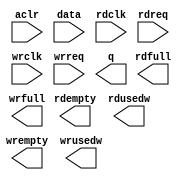
// This program was cloned from: https://github.com/cxdzyq1110/posture_recognition_CNN
// License: GNU General Public License v3.0

// megafunction wizard: %FIFO%VBB%
// GENERATION: STANDARD
// VERSION: WM1.0
// MODULE: dcfifo 

// ============================================================
// Megafunction Name(s):
// 			dcfifo
//
// Simulation Library Files(s):
// 			altera_mf
// ============================================================
// ************************************************************
// THIS IS A WIZARD-GENERATED FILE. DO NOT EDIT THIS FILE!
//
// 14.0.0 Build 200 06/17/2014 SJ Full Version
// ************************************************************

//Copyright (C) 1991-2014 Altera Corporation. All rights reserved.
//Your use of Altera Corporation's design tools, logic functions 
//and other software and tools, and its AMPP partner logic 
//functions, and any output files from any of the foregoing 
//(including device programming or simulation files), and any 
//associated documentation or information are expressly subject 
//to the terms and conditions of the Altera Program License 
//Subscription Agreement, the Altera Quartus II License Agreement,
//the Altera MegaCore Function License Agreement, or other 
//applicable license agreement, including, without limitation, 
//that your use is for the sole purpose of programming logic 
//devices manufactured by Altera and sold by Altera or its 
//authorized distributors.  Please refer to the applicable 
//agreement for further details.

module alt_fifo_64b_16w (
	aclr,
	data,
	rdclk,
	rdreq,
	wrclk,
	wrreq,
	q,
	rdempty,
	rdfull,
	rdusedw,
	wrempty,
	wrfull,
	wrusedw);

	input	  aclr;
	input	[63:0]  data;
	input	  rdclk;
	input	  rdreq;
	input	  wrclk;
	input	  wrreq;
	output	[63:0]  q;
	output	  rdempty;
	output	  rdfull;
	output	[3:0]  rdusedw;
	output	  wrempty;
	output	  wrfull;
	output	[3:0]  wrusedw;
`ifndef ALTERA_RESERVED_QIS
// synopsys translate_off
`endif
	tri0	  aclr;
`ifndef ALTERA_RESERVED_QIS
// synopsys translate_on
`endif

endmodule

// ============================================================
// CNX file retrieval info
// ============================================================
// Retrieval info: PRIVATE: AlmostEmpty NUMERIC "0"
// Retrieval info: PRIVATE: AlmostEmptyThr NUMERIC "-1"
// Retrieval info: PRIVATE: AlmostFull NUMERIC "0"
// Retrieval info: PRIVATE: AlmostFullThr NUMERIC "-1"
// Retrieval info: PRIVATE: CLOCKS_ARE_SYNCHRONIZED NUMERIC "0"
// Retrieval info: PRIVATE: Clock NUMERIC "4"
// Retrieval info: PRIVATE: Depth NUMERIC "16"
// Retrieval info: PRIVATE: Empty NUMERIC "1"
// Retrieval info: PRIVATE: Full NUMERIC "1"
// Retrieval info: PRIVATE: INTENDED_DEVICE_FAMILY STRING "Cyclone II"
// Retrieval info: PRIVATE: LE_BasedFIFO NUMERIC "0"
// Retrieval info: PRIVATE: LegacyRREQ NUMERIC "0"
// Retrieval info: PRIVATE: MAX_DEPTH_BY_9 NUMERIC "0"
// Retrieval info: PRIVATE: OVERFLOW_CHECKING NUMERIC "0"
// Retrieval info: PRIVATE: Optimize NUMERIC "0"
// Retrieval info: PRIVATE: RAM_BLOCK_TYPE NUMERIC "0"
// Retrieval info: PRIVATE: SYNTH_WRAPPER_GEN_POSTFIX STRING "0"
// Retrieval info: PRIVATE: UNDERFLOW_CHECKING NUMERIC "0"
// Retrieval info: PRIVATE: UsedW NUMERIC "1"
// Retrieval info: PRIVATE: Width NUMERIC "64"
// Retrieval info: PRIVATE: dc_aclr NUMERIC "1"
// Retrieval info: PRIVATE: diff_widths NUMERIC "0"
// Retrieval info: PRIVATE: msb_usedw NUMERIC "0"
// Retrieval info: PRIVATE: output_width NUMERIC "64"
// Retrieval info: PRIVATE: rsEmpty NUMERIC "1"
// Retrieval info: PRIVATE: rsFull NUMERIC "1"
// Retrieval info: PRIVATE: rsUsedW NUMERIC "1"
// Retrieval info: PRIVATE: sc_aclr NUMERIC "0"
// Retrieval info: PRIVATE: sc_sclr NUMERIC "0"
// Retrieval info: PRIVATE: wsEmpty NUMERIC "1"
// Retrieval info: PRIVATE: wsFull NUMERIC "1"
// Retrieval info: PRIVATE: wsUsedW NUMERIC "1"
// Retrieval info: LIBRARY: altera_mf altera_mf.altera_mf_components.all
// Retrieval info: CONSTANT: INTENDED_DEVICE_FAMILY STRING "Cyclone II"
// Retrieval info: CONSTANT: LPM_NUMWORDS NUMERIC "16"
// Retrieval info: CONSTANT: LPM_SHOWAHEAD STRING "ON"
// Retrieval info: CONSTANT: LPM_TYPE STRING "dcfifo"
// Retrieval info: CONSTANT: LPM_WIDTH NUMERIC "64"
// Retrieval info: CONSTANT: LPM_WIDTHU NUMERIC "4"
// Retrieval info: CONSTANT: OVERFLOW_CHECKING STRING "ON"
// Retrieval info: CONSTANT: RDSYNC_DELAYPIPE NUMERIC "4"
// Retrieval info: CONSTANT: UNDERFLOW_CHECKING STRING "ON"
// Retrieval info: CONSTANT: USE_EAB STRING "ON"
// Retrieval info: CONSTANT: WRITE_ACLR_SYNCH STRING "OFF"
// Retrieval info: CONSTANT: WRSYNC_DELAYPIPE NUMERIC "4"
// Retrieval info: USED_PORT: aclr 0 0 0 0 INPUT GND "aclr"
// Retrieval info: USED_PORT: data 0 0 64 0 INPUT NODEFVAL "data[63..0]"
// Retrieval info: USED_PORT: q 0 0 64 0 OUTPUT NODEFVAL "q[63..0]"
// Retrieval info: USED_PORT: rdclk 0 0 0 0 INPUT NODEFVAL "rdclk"
// Retrieval info: USED_PORT: rdempty 0 0 0 0 OUTPUT NODEFVAL "rdempty"
// Retrieval info: USED_PORT: rdfull 0 0 0 0 OUTPUT NODEFVAL "rdfull"
// Retrieval info: USED_PORT: rdreq 0 0 0 0 INPUT NODEFVAL "rdreq"
// Retrieval info: USED_PORT: rdusedw 0 0 4 0 OUTPUT NODEFVAL "rdusedw[3..0]"
// Retrieval info: USED_PORT: wrclk 0 0 0 0 INPUT NODEFVAL "wrclk"
// Retrieval info: USED_PORT: wrempty 0 0 0 0 OUTPUT NODEFVAL "wrempty"
// Retrieval info: USED_PORT: wrfull 0 0 0 0 OUTPUT NODEFVAL "wrfull"
// Retrieval info: USED_PORT: wrreq 0 0 0 0 INPUT NODEFVAL "wrreq"
// Retrieval info: USED_PORT: wrusedw 0 0 4 0 OUTPUT NODEFVAL "wrusedw[3..0]"
// Retrieval info: CONNECT: @aclr 0 0 0 0 aclr 0 0 0 0
// Retrieval info: CONNECT: @data 0 0 64 0 data 0 0 64 0
// Retrieval info: CONNECT: @rdclk 0 0 0 0 rdclk 0 0 0 0
// Retrieval info: CONNECT: @rdreq 0 0 0 0 rdreq 0 0 0 0
// Retrieval info: CONNECT: @wrclk 0 0 0 0 wrclk 0 0 0 0
// Retrieval info: CONNECT: @wrreq 0 0 0 0 wrreq 0 0 0 0
// Retrieval info: CONNECT: q 0 0 64 0 @q 0 0 64 0
// Retrieval info: CONNECT: rdempty 0 0 0 0 @rdempty 0 0 0 0
// Retrieval info: CONNECT: rdfull 0 0 0 0 @rdfull 0 0 0 0
// Retrieval info: CONNECT: rdusedw 0 0 4 0 @rdusedw 0 0 4 0
// Retrieval info: CONNECT: wrempty 0 0 0 0 @wrempty 0 0 0 0
// Retrieval info: CONNECT: wrfull 0 0 0 0 @wrfull 0 0 0 0
// Retrieval info: CONNECT: wrusedw 0 0 4 0 @wrusedw 0 0 4 0
// Retrieval info: GEN_FILE: TYPE_NORMAL alt_fifo_64b_16w.v TRUE
// Retrieval info: GEN_FILE: TYPE_NORMAL alt_fifo_64b_16w.inc FALSE
// Retrieval info: GEN_FILE: TYPE_NORMAL alt_fifo_64b_16w.cmp FALSE
// Retrieval info: GEN_FILE: TYPE_NORMAL alt_fifo_64b_16w.bsf FALSE
// Retrieval info: GEN_FILE: TYPE_NORMAL alt_fifo_64b_16w_inst.v FALSE
// Retrieval info: GEN_FILE: TYPE_NORMAL alt_fifo_64b_16w_bb.v TRUE
// Retrieval info: LIB_FILE: altera_mf